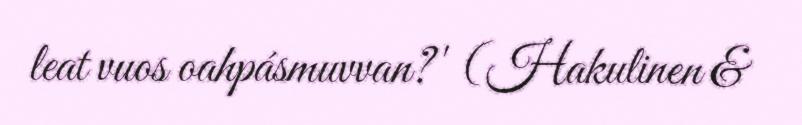
leat vuos oahpásmuvvan?' (Hakulinen &